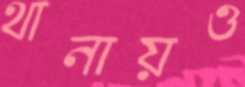
থানায়ও